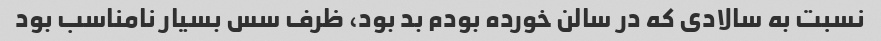
نسبت به سالادی که در سالن خورده بودم بد بود، ظرف سس بسیار نامناسب بود